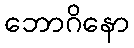
ဘောဂိနော